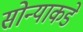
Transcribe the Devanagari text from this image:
सोन्याकडे